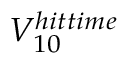
V _ { 1 0 } ^ { h i t t i m e }